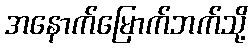
အနောက်မြောက်ဘက်သို့